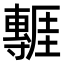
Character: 𭕃